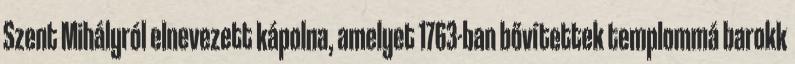
Szent Mihályról elnevezett kápolna, amelyet 1763-ban bővítettek templommá barokk